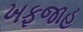
ખફજાહ